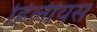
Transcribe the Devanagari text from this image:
हिलीयस